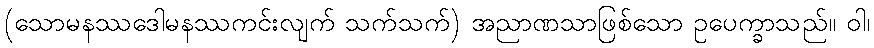
(သောမနဿဒေါမနဿကင်းလျက် သက်သက်) အညာဏသာဖြစ်သော ဥပေက္ခာသည်။ ဝါ၊